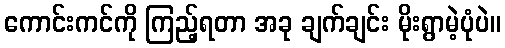
ကောင်းကင်ကို ကြည့်ရတာ အခု ချက်ချင်း မိုးရွာမဲ့ပုံပဲ။